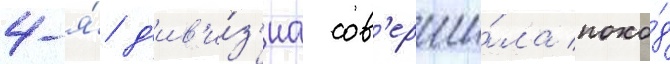
4-я́ д'ив'и́з'иа сов'ерши́ла похо́д